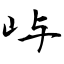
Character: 屿